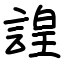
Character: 諻